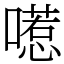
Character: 㘃